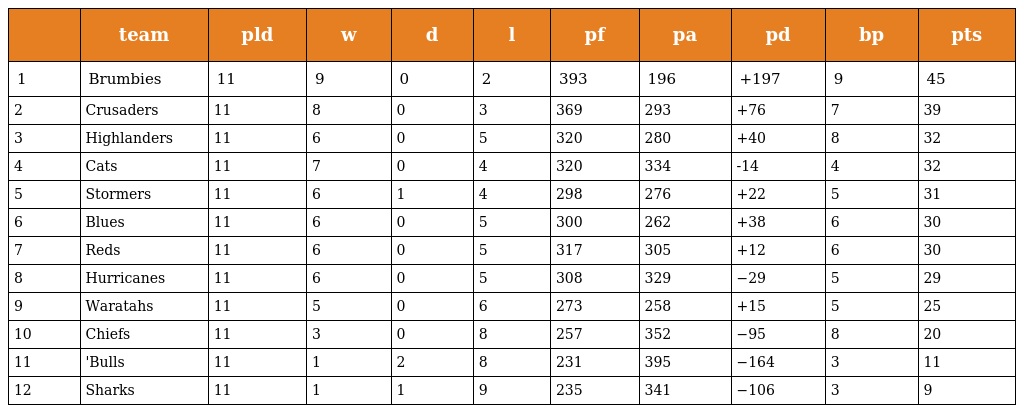
|  | team | pld | w | d | l | pf | pa | pd | bp | pts |
 | --- | --- | --- | --- | --- | --- | --- | --- | --- | --- | --- |
 | 1 | Brumbies | 11 | 9 | 0 | 2 | 393 | 196 | +197 | 9 | 45 |
 | 2 | Crusaders | 11 | 8 | 0 | 3 | 369 | 293 | +76 | 7 | 39 |
 | 3 | Highlanders | 11 | 6 | 0 | 5 | 320 | 280 | +40 | 8 | 32 |
 | 4 | Cats | 11 | 7 | 0 | 4 | 320 | 334 | -14 | 4 | 32 |
 | 5 | Stormers | 11 | 6 | 1 | 4 | 298 | 276 | +22 | 5 | 31 |
 | 6 | Blues | 11 | 6 | 0 | 5 | 300 | 262 | +38 | 6 | 30 |
 | 7 | Reds | 11 | 6 | 0 | 5 | 317 | 305 | +12 | 6 | 30 |
 | 8 | Hurricanes | 11 | 6 | 0 | 5 | 308 | 329 | −29 | 5 | 29 |
 | 9 | Waratahs | 11 | 5 | 0 | 6 | 273 | 258 | +15 | 5 | 25 |
 | 10 | Chiefs | 11 | 3 | 0 | 8 | 257 | 352 | −95 | 8 | 20 |
 | 11 | 'Bulls | 11 | 1 | 2 | 8 | 231 | 395 | −164 | 3 | 11 |
 | 12 | Sharks | 11 | 1 | 1 | 9 | 235 | 341 | −106 | 3 | 9 |